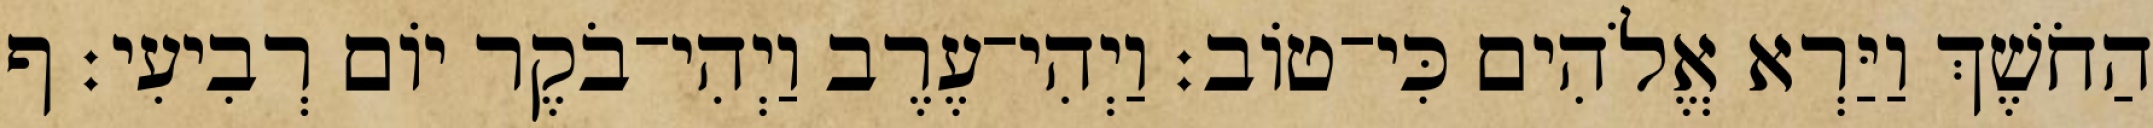
הַחֹשֶׁךְ וַיַּרְא אֱלֹהִים כִּי־טֹוב׃ וַיְהִי־עֶרֶב וַיְהִי־בֹקֶר יֹום רְבִיעִי׃ ף